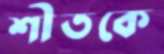
শীতকে